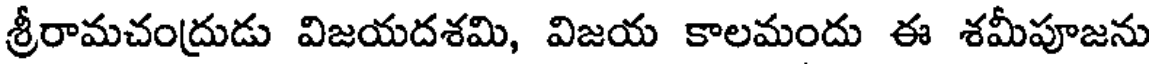
శ్రీరామచంద్రుడు విజయదశమి, విజయ కాలమందు ఈ శమీపూజను